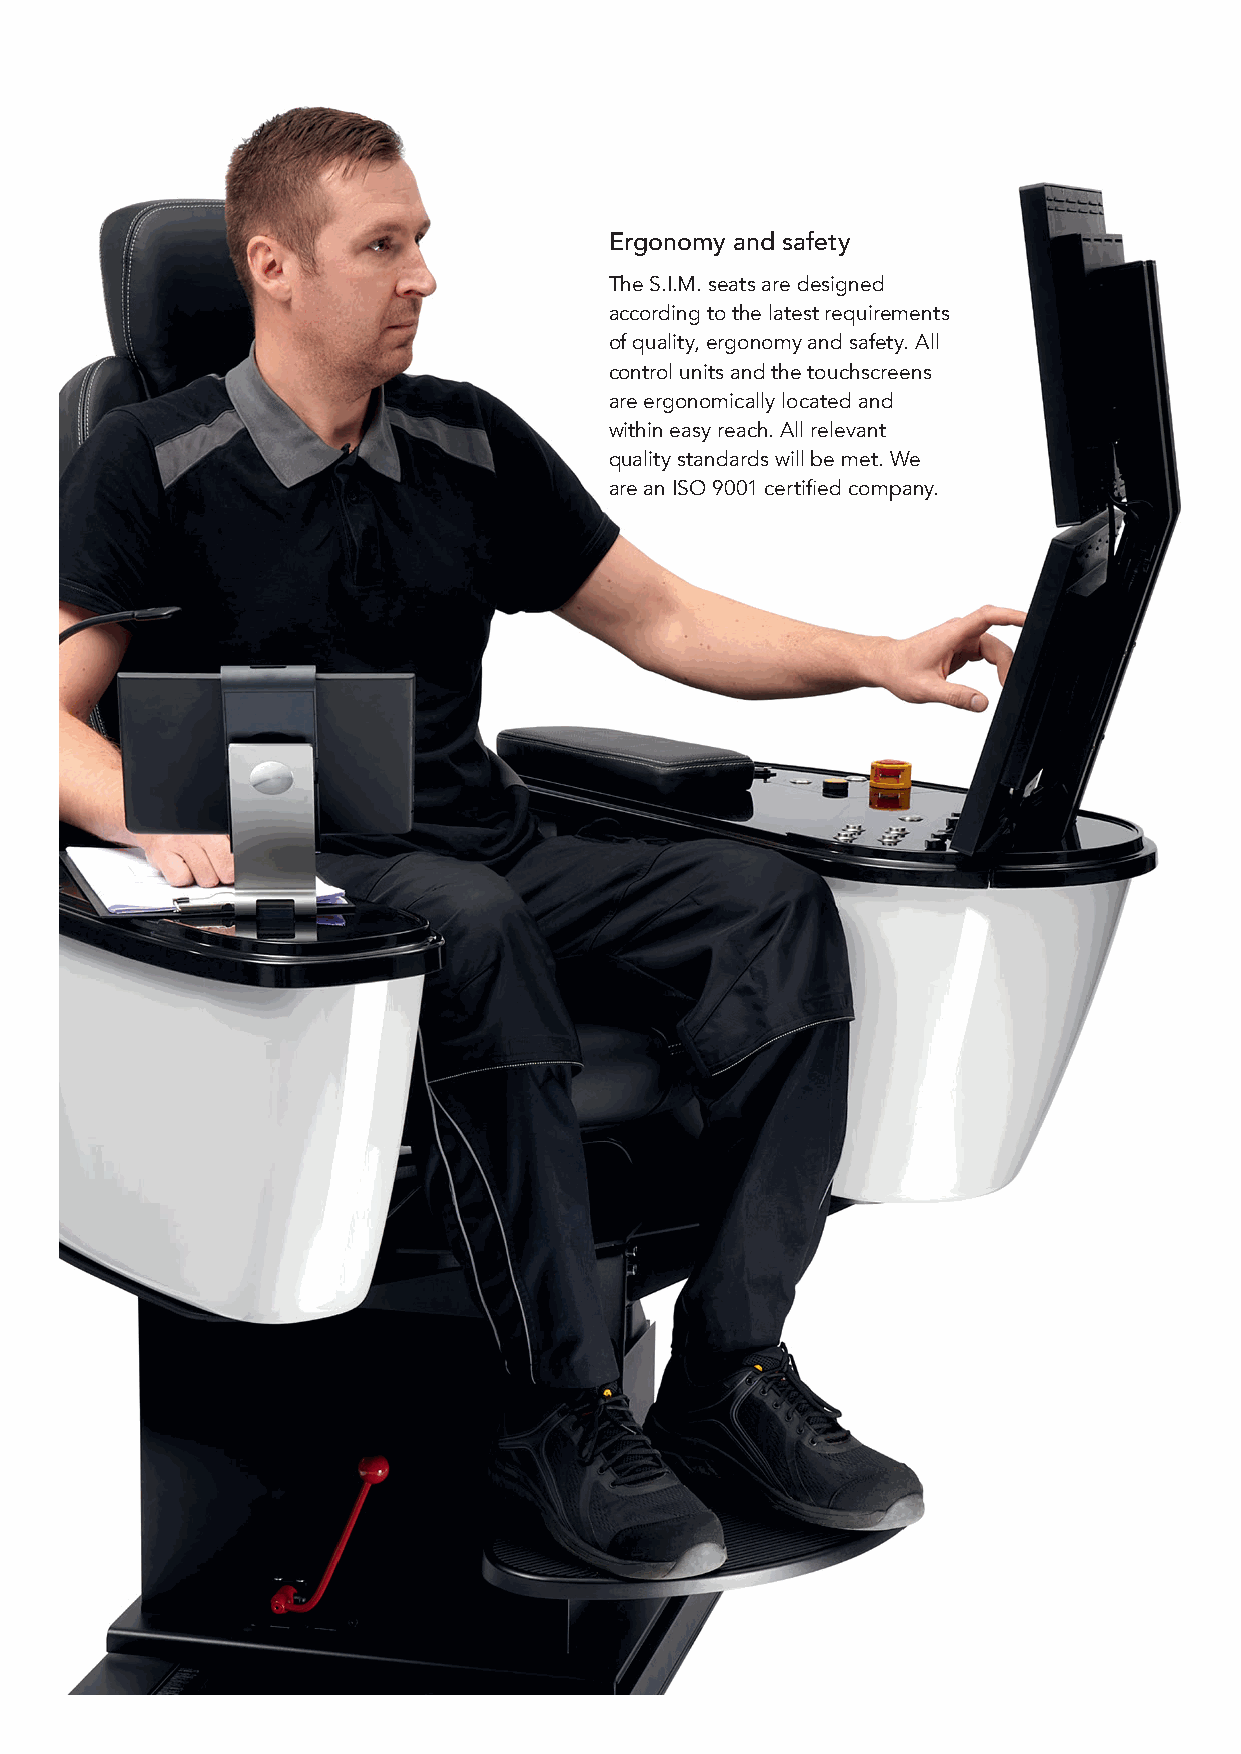
Ergonomy and safety
 The S.I.M. seats are designed
 according to the latest requirements
 of quality, ergonomy and safety. All
 control units and the touchscreens
 are ergonomically located and
 within easy reach. All relevant
 quality standards will be met. We
 are an ISO 9001 certified company.